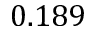
0 . 1 8 9